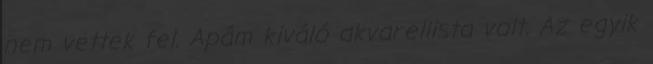
nem vettek fel. Apám kiváló akvarellista volt. Az egyik